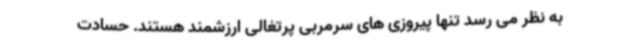
به نظر می رسد تنها پیروزی های سرمربی پرتغالی ارزشمند هستند. حسادت